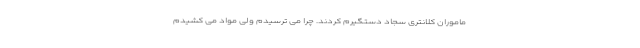
ماموران کلانتری سجاد دستگیرم کردند. چرا می ترسیدم ولی مواد می کشیدم